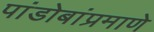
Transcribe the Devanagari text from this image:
पांडोबांप्रमाणे